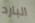
البارد